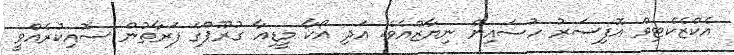
އެކްޒެކެޓިވް އޮފިސަރު ހުސައިން ނިޔާޒްއެވެ. އަދި އޯކާ މީޑިއާ ގުރޫޕްގެ ފަރާތުން ސޮއިކުރެއްވީ